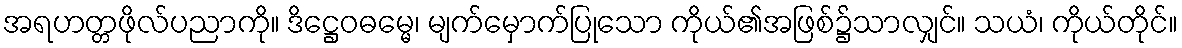
အရဟတ္တဖိုလ်ပညာကို။ ဒိဋ္ဌေဝဓမ္မေ၊ မျက်မှောက်ပြုသော ကိုယ်၏အဖြစ်၌သာလျှင်။ သယံ၊ ကိုယ်တိုင်။